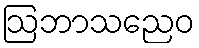
ဩဘာသညေဝ